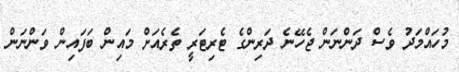
މުހައްމަދު ވެސް ދަންނަން ޖެހޭނެ ދަރިންގެ ޓެރިޓަރީ ތެރެއަށް މައިން ބަފައިން ވަންނަން